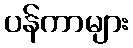
ပန်ကာများ